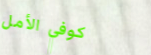
كوفي الأمل